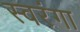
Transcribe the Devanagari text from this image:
स्वरंगा